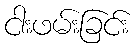
ငါးဖမ်းခြင်း